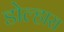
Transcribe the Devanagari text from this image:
डोल्हारा